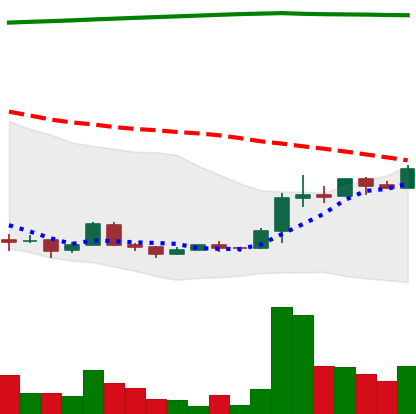
Ticker: XRP-USD
Chart end date: 2018-04-18
Forward return: 23.659%
Label: up_7plus